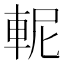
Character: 𨋗